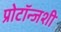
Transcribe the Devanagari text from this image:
प्रोटॉन्जशी